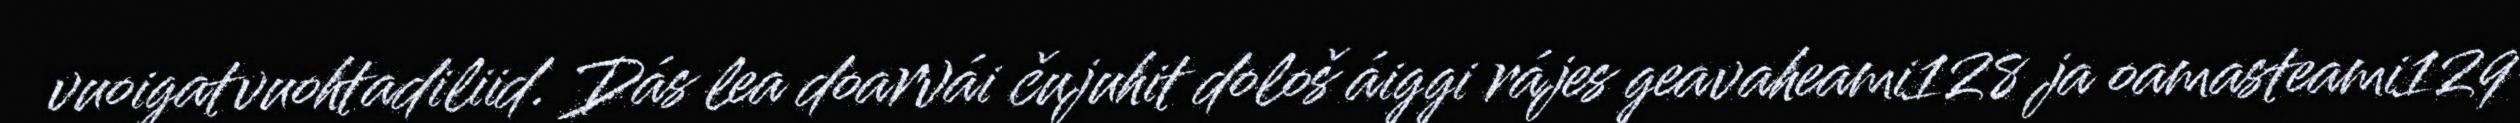
vuoigatvuohtadiliid. Dás lea doarvái čujuhit dološ áiggi rájes geavaheami128 ja oamasteami129